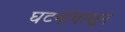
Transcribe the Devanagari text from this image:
घटनांपासून